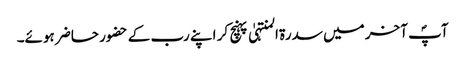
آپؐ آخر میں سدرۃ المنتہیٰ پہنچ کر اپنے رب کے حضور حاضر ہوئے۔